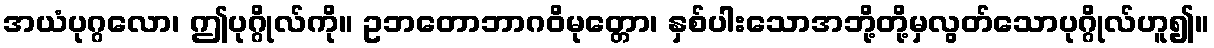
အယံပုဂ္ဂလော၊ ဤပုဂ္ဂိုလ်ကို။ ဥဘတောဘာဂဝိမုတ္တော၊ နှစ်ပါးသောအဘို့တို့မှလွတ်သောပုဂ္ဂိုလ်ဟူ၍။